Newspaper: Nebraska Staats-Anzeiger. [volume]
Place of publication: Lincoln, Nebraska
Date: 1895-03-14 00:00:00
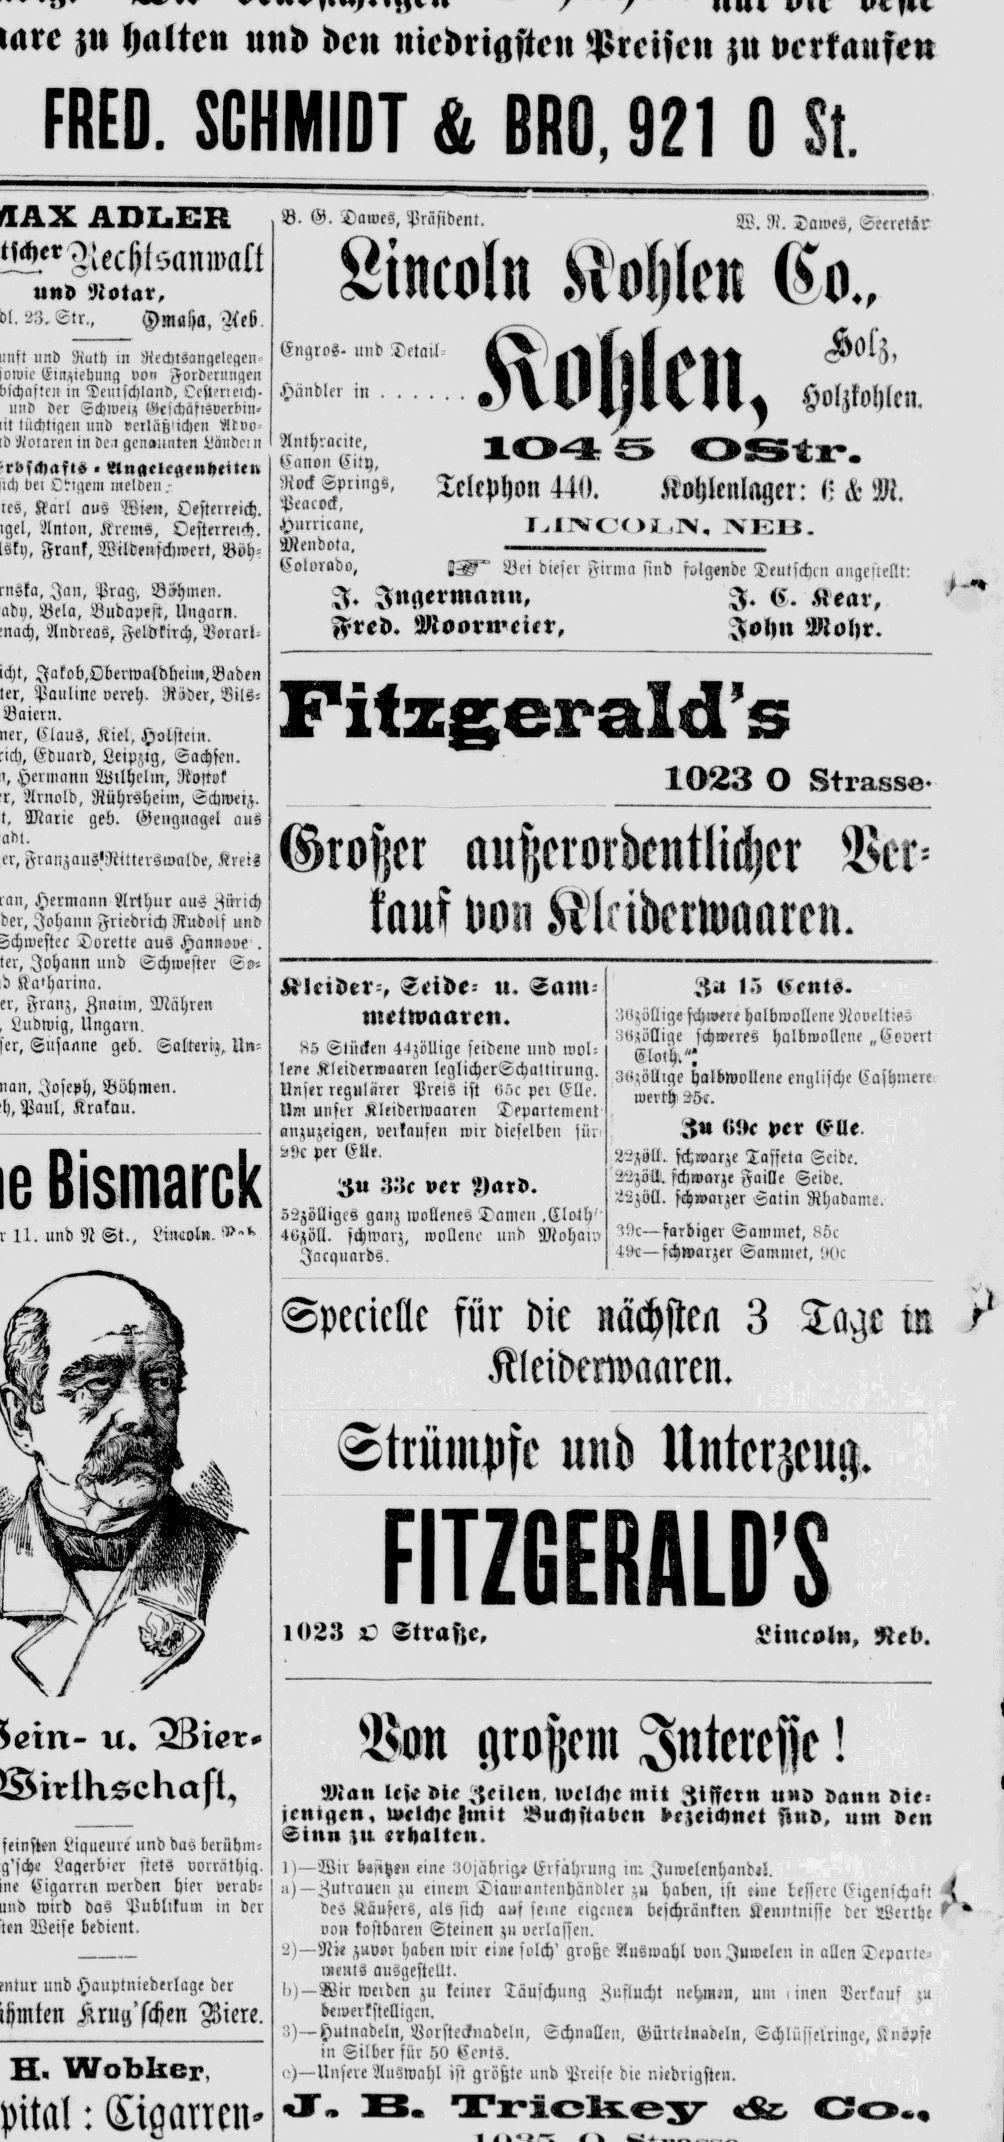
Advertisement text (OCR):
zu halten nd den niedrigsten Preisen zu verkaufen FRED. SCHMIDT & BR0, 921 0 St. ADLER scherechlsanwalt und Notar, Hmaya.Ueö. und Ruth in Rechtsanqelcaen- sowie Etilziehnng von gordernngen in eiilschlan. cperieich. und der Schweiz Geichäfisverbin' tüchtigen und erläfz'ichen Ätvo- liiotare in dc,i gcn!nten Ländei n , Inaeleaenheiten bei Odigem melden- Karl aus Wie, Oesterreich. Anton, Krems, Oesterreich. Frank, Wildenfchwcrt, Böh- Jan, Prag, Böhmen. Bela, Budapest, Ungarn. Andreas. Feldkirch. Borarl. Jakob.Oberwaldhei,. Baden Panline vereh. Räder. Pils- Baicrn. Claus, Kiel, Holstein. Eduard, Leipzig, Sachsen. Hermann Wilhelm, Rostok Arnold, Rührsheim, Schweiz. Marie ged. Gengiiciael aus Franzaus'Ritterswalde, Kreis Hermann Arthur aus Zürich Johann Friedrich Rudolf und Dorelte aus Hannsve . Johann und cchmeiter b Katharina. Franz, Znatm. Mähren Ludwig, Ungarn. Susanne geb. Salteriz, Un- Joseph, Böhmen. Krakau. Bisrnarck 11. und N St., Li!ol. - u. Äöier feinsten Liqueure und das berübm Lagerbier stets vorrathig. Zigarren werden hier verab wird das Publikum in der Weise bedient. und Hauptniederlage der Krug'schen Aiere. H. Woblicr, : Cigancn- B. G. Dames, Präsident. Lincoln Engros. und Detail Händler in 97 XrBI.V4 j ai'v ny'.ace. 1 rbZ3L tanon City. Rorf pn, Telephon 440. Peacock, Hurricane, Mendota. Colorado, Bei dieser I. Jngermann, Fred. Moormeier, Fiflzgernlidrs Großer außerordentlicher Ver kauf oon Klkiderlvaarcu. Kleider-, Seide- u. Sam metwaarcn. 85 Stücken 44zi)llige seidene und wol: leve Kleidermaaren leglichcrSchatlirung. Unser regulärer Preis ist ö5c per Elle. Um unser Kleiderwaaren Departement anzuzeigen, erkaufen wir dieselben sür dc per Elle, ZU 3.!c ver Z)ard. 52zölliges ganz wollenes Damen ,CIJh' 4özöll. schwarz, wollene und Mohair Jacquards. Specielle für die nächsten 3 Tage m Kleidmvaarcn. Strttillpfc und Unterzeug. l23 0 Stras;e, Bon großem Jntcrcjse ! Man lese die Zeilen, welche mit Ziffern uv dann die jentgen, welche tnt Buchstaben bezeichnet find, um den Sinn zu. erhalten. I) Wir bs,tz! eine 3jäkriei? Ersaht unq im Juwelenhandi!. !) Zutraue zu einem Tiamantenhäiidler zu haben, ist eine lesierc Eigenschaft deö Käufers, als sich auf ferne eigene beschränkten Kenntnisse der Werthe vo kostbare Steinen zu verlasse. 2) Nie zuvor haben wir eie solch' große Auswahl von Juwelen in allen Departe. ienis ausgestellt. I,) Wir weiden zu keiner Täuschung Zuflucht nehmen, um ,inen Perkauf zu bewerkstellige. 3) Hutnadeln. Vorstecknadeln, Schnallen. Gürtcknadeln, Schlüsselringe, Knöpfe in Silber für 50 Ecnts. ,?) Unsere Auswahl ist größte und Preise die niedrigste. 33 Tricliey & Co W. R. Dawes, SecrctZr i s dvvijiin &v . T 4 Solz, Holzkohlen. J anHSS-m Kohlenlager: 0 & M. imn f i.iiveoir.iv, aeb. Firma sind folgende Teutschen angestellt: I. C. Kear, John Mohr. 1023 O Strasse- M 15 l$tnt$. üiiöllige schwere halbwollene Roveltieö Zufällige schweres halbwollene Evoert Cloih.: 3i,;öllige halbwollene englische Cashmere wertb) ZSc. 3u ()c per Elle. 22zöll. schwarze Taffeta Seide. 22zöll. schwarze Faille Seide. Ä2zöll. schwarzer Satin Rhadame. Z9c farbiger Sammet, 85c 4 öe schwarzer Sammet, liOc Lineoln, Neb. ( r
Label: illustrations